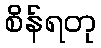
စိန်ရတု